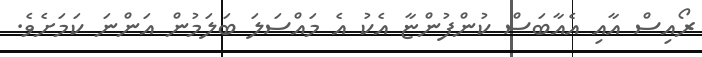
ރޯއިސް އާއި އެއާބަސް ކުންފުންޏާ އެކު އެ މައްސަލަ ބަލަމުން އަންނަ ކަމަށެވެ.